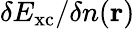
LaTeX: \delta E_{\mathrm{xc}}/\delta n(\mathbf{r})